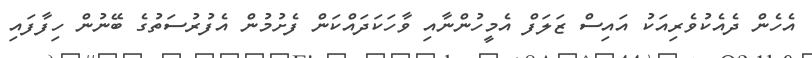
އެހެން ދެއެކުވެރިއަކު އައިސް ޒަލަފް އެމީހުންނާއި ވާހަކަދައްކަން ފެށުމުން އެފުރުސަތުގެ ބޭނުން ހިފާފައި